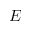
E